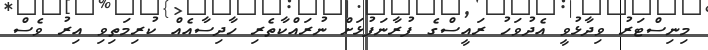
މިނިސްޓަރު ވިދާޅުވީ އެދުވަހު ރައީސްގެ ފުރާނަފުޅަށް ނުރައްކާތެރި ހާދިސާއެއް ކުރިމަތިވި އިރު ވެސް